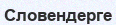
Словендерге